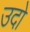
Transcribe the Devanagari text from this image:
उदो